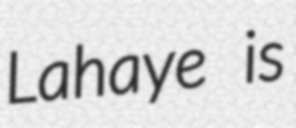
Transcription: Lahaye is